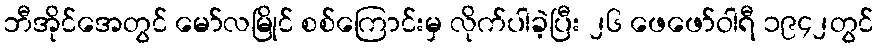
ဘီအိုင်အေတွင် မော်လမြိုင် စစ်ကြောင်းမှ လိုက်ပါခဲ့ပြီး ၂၆ ဖေဖော်ဝါရီ ၁၉၄၂တွင်